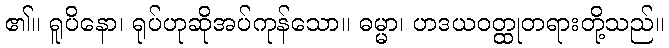
၏။ ရူပိနော၊ ရုပ်ဟုဆိုအပ်ကုန်သော။ ဓမ္မာ၊ ဟဒယဝတ္ထုတရားတို့သည်။